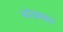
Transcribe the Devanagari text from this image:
कोशकर